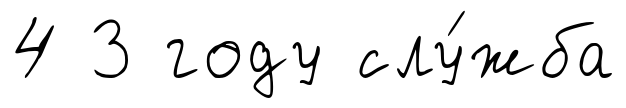
4 3 году слу́жба